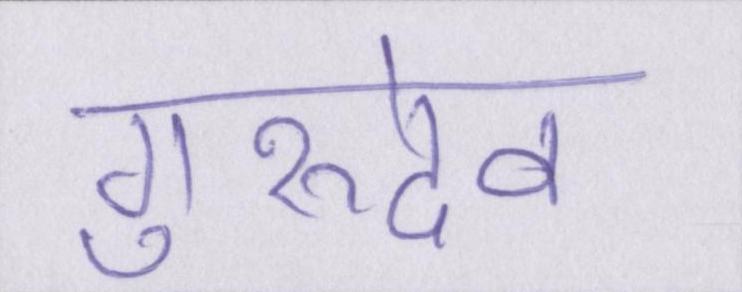
गुरुदेव